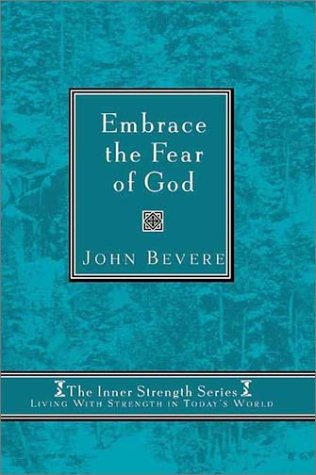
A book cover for Embrace The Fear Of God: Living with strength in today's world (Inner Strength Series); John Bevere; Christian Books & Bibles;